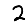
Digit: 2